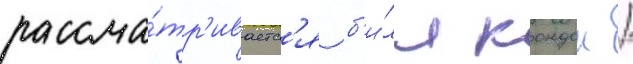
рассма́тр'иваетс'я б'и́лл кондон /